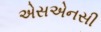
એસએનસી